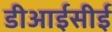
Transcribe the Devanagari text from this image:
डीआईसीई